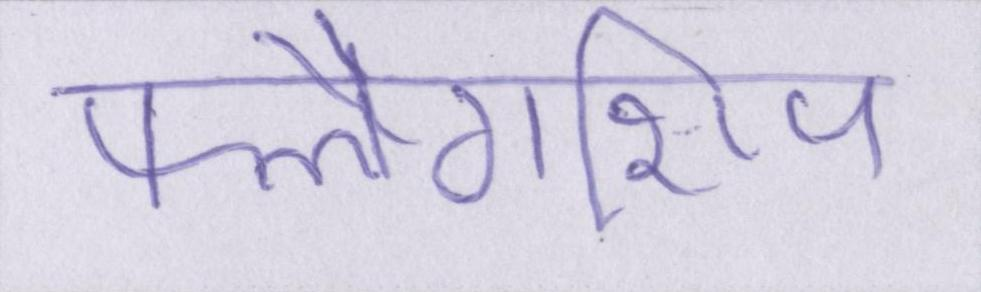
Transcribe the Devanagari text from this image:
फ्लैगशिप